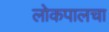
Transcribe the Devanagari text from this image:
लोकपालचा